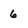
Character: 6